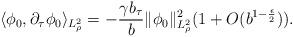
LaTeX: \begin{align*} \langle \phi_0, \partial_\tau \phi_0 \rangle_{L^2_\rho} = - \frac{\gamma b_\tau}{b} \|\phi_0\|^2_{L^2_\rho} (1 + O(b^{1-\frac{\epsilon}{2}}) ).\end{align*}